Lunatic asylums Madras 1877-1891 - 1877-1891
Year: 1877
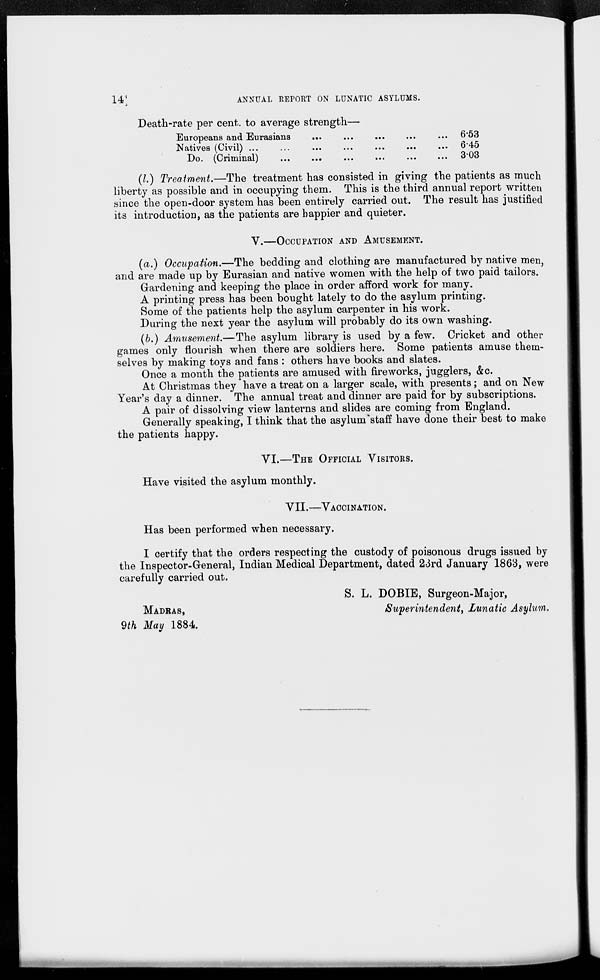
14
ANNUAL REPORT ON LUNATIC ASYLUMS.
Death-rate per cent. to average strength—
Europeans and Eurasians
...
... ... ... ...
Natives
(Civil)...
...
...
...
...
...
...
Do. (Criminal)
...
... ... ... ... ...
6.53
6.45
3.03
(l.) Treatment.—The treatment has consisted in giving the patients as much
liberty as possible and in occupying them. This is the third annual report written
since the open-door system has been entirely carried out. The result has justified
its introduction, as the patients are happier and quieter.
V.—OCCUPATION AND AMUSEMENT.
(a.) Occupation.—The bedding and clothing are manufactured by native men,
and are made up by Eurasian and native women with the help of two paid tailors.
Gardening and keeping the place in order afford work for many.
A printing press has been bought lately to do the asylum printing.
Some of the patients help the asylum carpenter in his work.
During the next year the asylum will probably do its own washing.
(b.) Amusement.—The asylum library is used by a few. Cricket and other
games only flourish when there are soldiers here. Some patients amuse them-
selves by making toys and fans : others have books and slates.
Once a month the patients are amused with fireworks, jugglers, &c.
At Christmas they have a treat on a larger scale, with presents; and on New
Year's day a dinner. The annual treat and dinner are paid for by subscriptions.
A pair of dissolving view lanterns and slides are coming from England.
Generally speaking, I think that the asylum staff have done their best to make
the patients happy.
VI.—THE OFFICIAL VISITORS.
Have visited the asylum monthly.
VII.—VACCINATION.
Has been performed when necessary.
I certify that the orders respecting the custody of poisonous drugs issued by
the Inspector-General, Indian Medical Department, dated 23rd January 1863, were
carefully carried out.
S. L. DOBIE, Surgeon-Major,
Superintendent, Lunatic Asylum.
MADRAS,
9th May 1884.